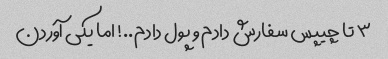
۳ تا چیپس سفارش دادم و پول دادم..! اما یکی آوردن